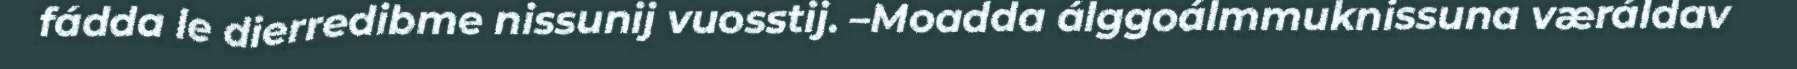
fádda le dierredibme nissunij vuosstij. –Moadda álggoálmmuknissuna væráldav